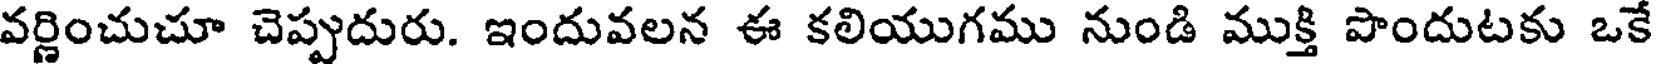
వర్ణించుచూ చెప్పుదురు. ఇందువలన ఈ కలియుగము నుండి ముక్తి పొందుటకు ఒకే